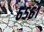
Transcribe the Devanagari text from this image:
६५६१